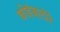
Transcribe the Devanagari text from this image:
कोइंबाटोरे